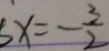
5 x = - \frac { 3 } { 2 }